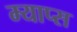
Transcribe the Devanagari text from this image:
म्याप्स